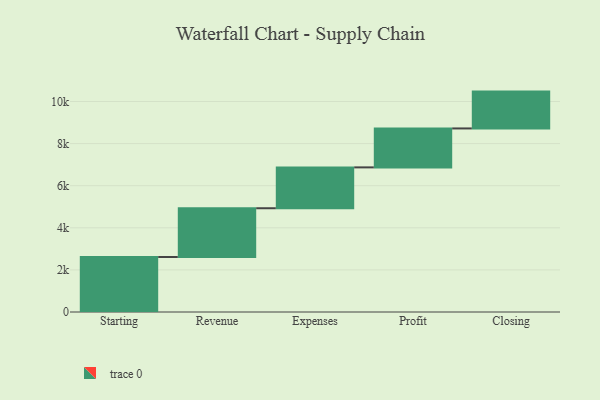
{"axis": {"x": "Step", "y": "Value"}, "legend": [""], "data": [{"x": "Starting", "y": 2612.0, "type": ""}, {"x": "Revenue", "y": 2317.0, "type": ""}, {"x": "Expenses", "y": 1941.0, "type": ""}, {"x": "Profit", "y": 1850.0, "type": ""}, {"x": "Closing", "y": 1750.0, "type": ""}]}